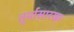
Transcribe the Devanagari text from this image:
तुर्यासारखा